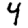
Digit: 4